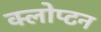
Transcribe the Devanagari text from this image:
क्लोप्टन